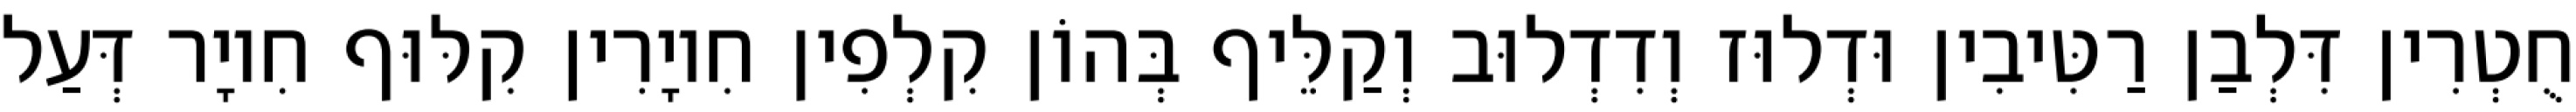
חֻטְרִין דִּלְבַן רַטִּיבִין וּדְלוּז וְדִדְלוּב וְקַלֵּיף בְּהוֹן קִלְפִין חִיוָרִין קִלּוּף חִיוָר דְּעַל